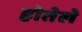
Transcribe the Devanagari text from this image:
होतेले